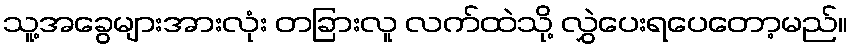
သူ့အခွေများအားလုံး တခြားလူ လက်ထဲသို့ လွှဲပေးရပေတော့မည်။